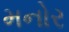
મનોર